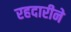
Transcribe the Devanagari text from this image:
रहदारीने